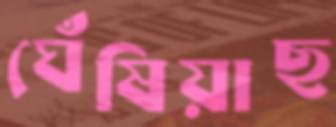
ঘেঁষিয়াছ